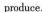
produce.